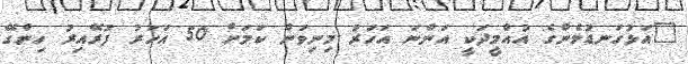
"އަޅުގަނޑުމެންގެ އުއްމީދަކީ އަންނަ އަހަރު މިނިވަން ކަމަށް 50 އަހަރު ފުރޭއިރު ހިންގޭ